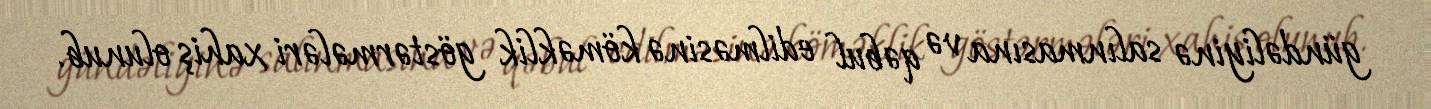
gündəliyinə salınmasına və qəbul edilməsinə köməklik göstərmələri xahiş olunub.